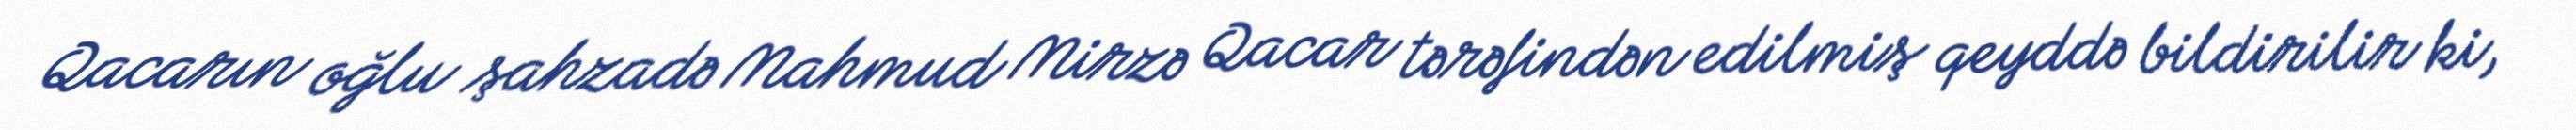
Qacarın oğlu şahzadə Mahmud Mirzə Qacar tərəfindən edilmiş qeyddə bildirilir ki,